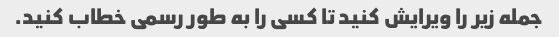
جمله زیر را ویرایش کنید تا کسی را به طور رسمی خطاب کنید.